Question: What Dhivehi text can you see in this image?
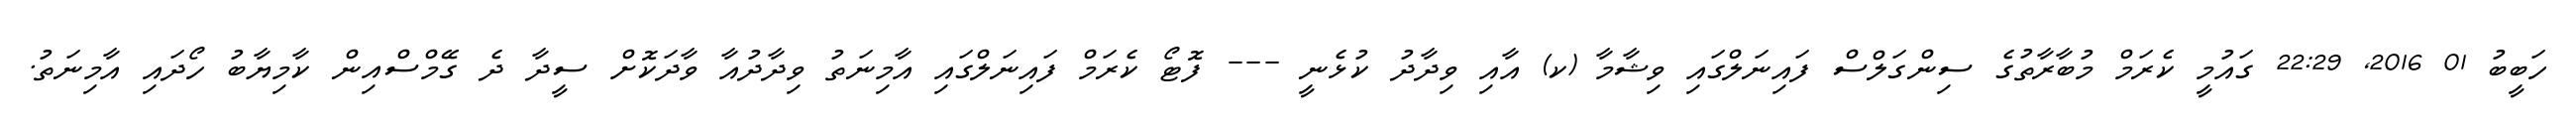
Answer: ހަބީބު 01 2016, 22:29 ގައުމީ ކެރަމް މުބާރާތުގެ ސިންގަލްސް ފައިނަލްގައި ވިޝާމާ (ކ) އާއި ވިދާދު ކުޅެނީ --- ފޮޓޯ ކެރަމް ފައިނަލްގައި އާމިނަތު ވިދާދުއާ ވާދަކޮށް ސީދާ ދެ ގޭމްސްއިން ކާމިޔާބު ހޯދައި އާމިނަތު.